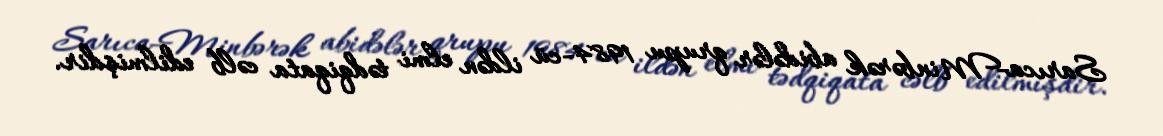
Sarıca-Minbərək abidələr qrupu 1984-cü ildən elmi tədqiqata cəlb edilmişdir.